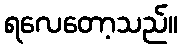
ရလေတော့သည်။